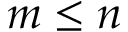
m \le n